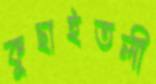
কুছাইতলী